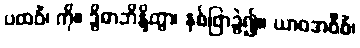
ပထဝိံ၊ ကို။ ဒွိဓာဘိန္ဒိတွာ၊ နှစ်ဖြာခွဲ၍။ ယာဝအဝီစိံ၊